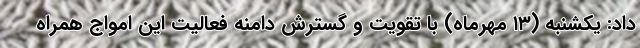
داد: یکشنبه (۱۳ مهرماه) با تقویت و گسترش دامنه فعالیت این امواج همراه